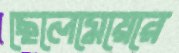
ছেলেমেয়েরে